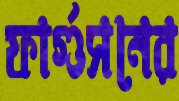
ফার্গুসনের